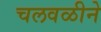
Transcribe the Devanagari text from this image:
चलवळीने